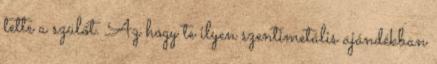
tette a szülőt. Az hogy te ilyen szentimetális ajándékban